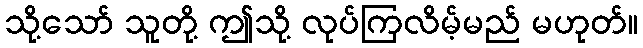
သို့သော် သူတို့ ဤသို့ လုပ်ကြလိမ့်မည် မဟုတ်။